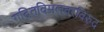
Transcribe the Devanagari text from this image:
गदितविमलवरविरुद